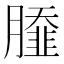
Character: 𦠿